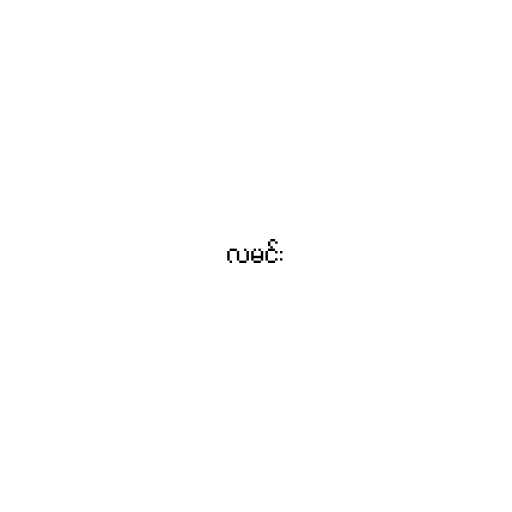
လမင်း